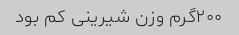
۲۰۰گرم وزن شیرینی کم بود